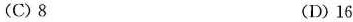
(C)8 (D)16